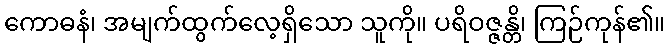
ကောဓနံ၊ အမျက်ထွက်လေ့ရှိသော သူကို။ ပရိဝဇ္ဇန္တိ၊ ကြဉ်ကုန်၏။